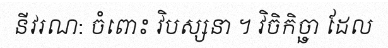
នីវរណ: ចំពោះ វិបស្សនា ។ វិចិកិច្ឆា ដែល